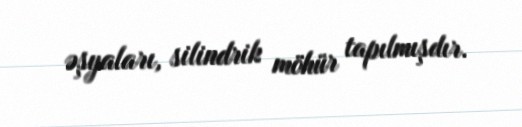
əşyaları, silindrik möhür tapılmışdır.